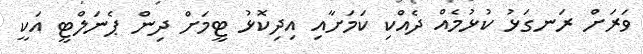
ވަރަށް ރަނގަޅު ކުޅުމެއް ދެއްކި ކަމަށާއި އިދިކޮޅު ޓީމަށް ދިން ޕެނަލްޓީ އަކީ